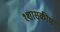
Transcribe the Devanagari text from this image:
१शासकीय